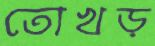
তোখড়